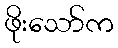
ဖိုးသော်က